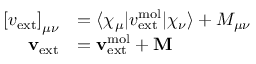
\begin{array} { r l } { \left[ v _ { \mathrm { e x t } } \right] _ { \mu \nu } } & { = \langle \chi _ { \mu } | v _ { \mathrm { e x t } } ^ { \mathrm { m o l } } | \chi _ { \nu } \rangle + M _ { \mu \nu } } \\ { \mathbf { v } _ { \mathrm { e x t } } } & { = \mathbf { v } _ { \mathrm { e x t } } ^ { \mathrm { m o l } } + \mathbf { M } } \end{array}